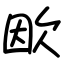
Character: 欭